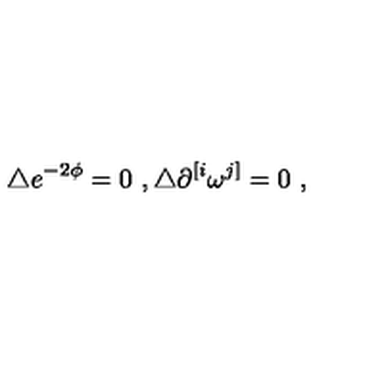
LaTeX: \triangle e ^ { - 2 \phi } = 0 \ , \triangle \partial ^ { [ i } \omega ^ { j ] } = 0 \ ,